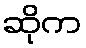
ဆိုက